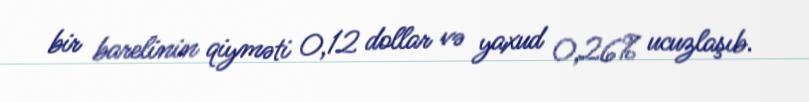
bir barelinin qiyməti 0,12 dollar və yaxud 0,26% ucuzlaşıb.